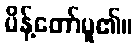
မိန့်တော်မူ၏။